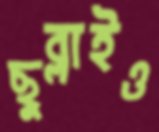
ছুব্‌লাইও